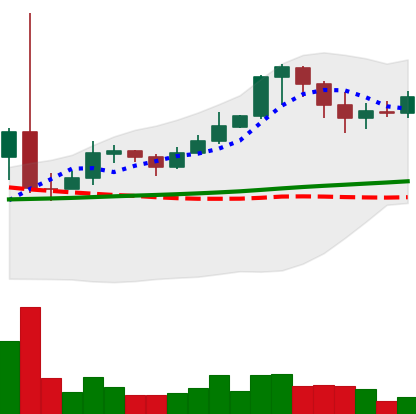
Ticker: XRP-USD
Chart end date: 2021-02-19
Forward return: -16.787%
Label: down_7plus